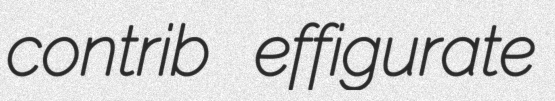
contrib effigurate